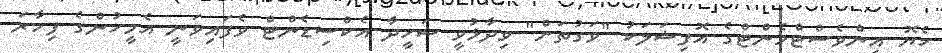
ހެޔޮ އިންވެސްޓްމެންޓްގެ އޮފިޝަލަކު "ވަގުތަށް" ވިދާޅުވީ ޝަހީދާ އެކްސިޑެންޓް ވެފައިވަނީ އެމީހުންގެ ފިހާރަ